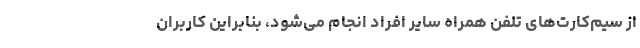
از سیم‌کارت‌های تلفن همراه سایر افراد انجام می‌شود، بنابراین کاربران